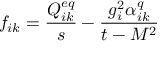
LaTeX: f _ { i k } = \frac { Q _ { i k } ^ { e q } } { s } - \frac { g _ { i } ^ { 2 } \alpha _ { i k } ^ { q } } { t - M ^ { 2 } }